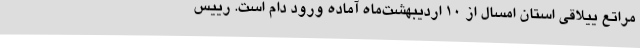
مراتع ییلاقی استان امسال از ۱۰ اردیبهشت‌ماه آماده ورود دام است. رییس